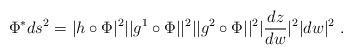
LaTeX: \begin{align*} \Phi^*ds^2 = |h \circ \Phi|^2||g^1 \circ \Phi||^2||g^2 \circ \Phi||^2|\frac{dz}{dw}|^2|dw|^2 \ .\end{align*}